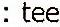
: TEE